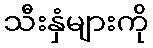
သီးနှံများကို